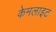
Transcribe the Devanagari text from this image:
केमलाइट